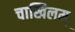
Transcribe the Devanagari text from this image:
चाखिलम्‌